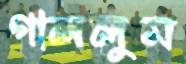
গাললুম